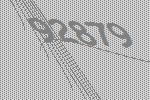
92879